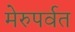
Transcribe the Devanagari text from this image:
मेरुपर्वत